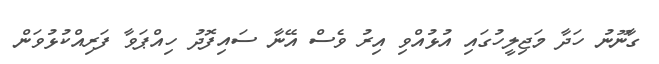
ގާނޫނު ހަދާ މަޖިލީހުގައި އުޅުއްވި އިރު ވެސް އޭނާ ސައިފޮދު ހިއްޕަވާ ފަރިއްކުޅުވަން